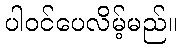
ပါဝင်ပေလိမ့်မည်။